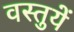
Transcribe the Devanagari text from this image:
वस्‍तुयें